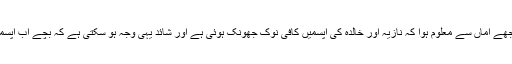
یہ تو چند روز بعد مجھے اماں سے معلوم ہوا کہ نازیہ اور خالدہ کی آپسمیں کافی نوک جھونک ہوئی ہے اور شائد یہی وجہ ہو سکتی ہے کہ بچے اب آپسمیں نہیں کھیلتے ہیں ۔